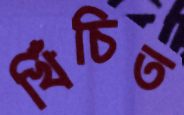
খিঁচিত